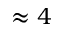
\approx 4